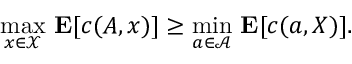
{ \underset { x \in { \mathcal { X } } } { \operatorname* { m a x } } } \ \mathbf { E } [ c ( A , x ) ] \geq { \underset { a \in { \mathcal { A } } } { \operatorname* { m i n } } } \ \mathbf { E } [ c ( a , X ) ] .